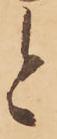
と